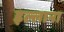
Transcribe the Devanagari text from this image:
इल्लाना